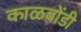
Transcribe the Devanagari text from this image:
काळबोंडी